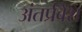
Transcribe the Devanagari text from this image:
अंतर्प्रवेश